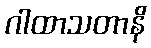
ဂါထာသတာနိ